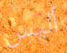
أليس